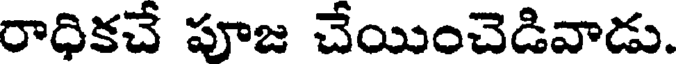
రాధికచే పూజ చేయించెడివాడు.